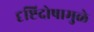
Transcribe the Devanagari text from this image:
दृष्टिदोषामुळे